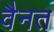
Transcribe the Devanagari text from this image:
वैनत